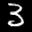
Label: 3